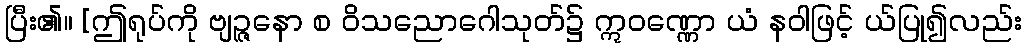
ပြီး၏။ [ဤရုပ်ကို ဗျဉ္ဇနော စ ဝိသညောဂေါသုတ်၌ ဣဝဏ္ဏော ယံ နဝါဖြင့် ယ်ပြု၍လည်း